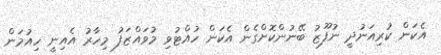
އެކަން ކުރިއަނުދީ ނުފޫޒު ބޭނުންކޮށްގެން އެކަން ހުއްޓުވި މުވައްޒަފު މިހާރު އެއިނީ ހިއުމަން